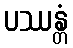
ပဿန္တံ